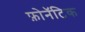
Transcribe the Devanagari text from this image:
फ़ोनॅटिक